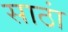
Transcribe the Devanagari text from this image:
साठां